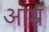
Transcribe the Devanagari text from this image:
आम्रं